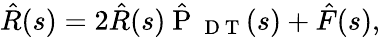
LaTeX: \hat{R}(s)=2\hat{R}(s)\hat{\mathrm{~P~}}_{\mathrm{~D~T~}}(s)+\hat{F}(s),